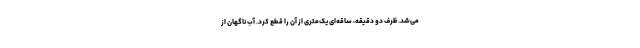
می‌شد. ظرف دو دقیقه، ساقه‌ای یک‌متری از آن را قطع کرد. آب ناگهان از